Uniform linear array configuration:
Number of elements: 48
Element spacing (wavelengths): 0.25
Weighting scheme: binomial
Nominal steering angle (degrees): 15
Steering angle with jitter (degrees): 16.076
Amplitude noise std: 0.05
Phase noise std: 0.05

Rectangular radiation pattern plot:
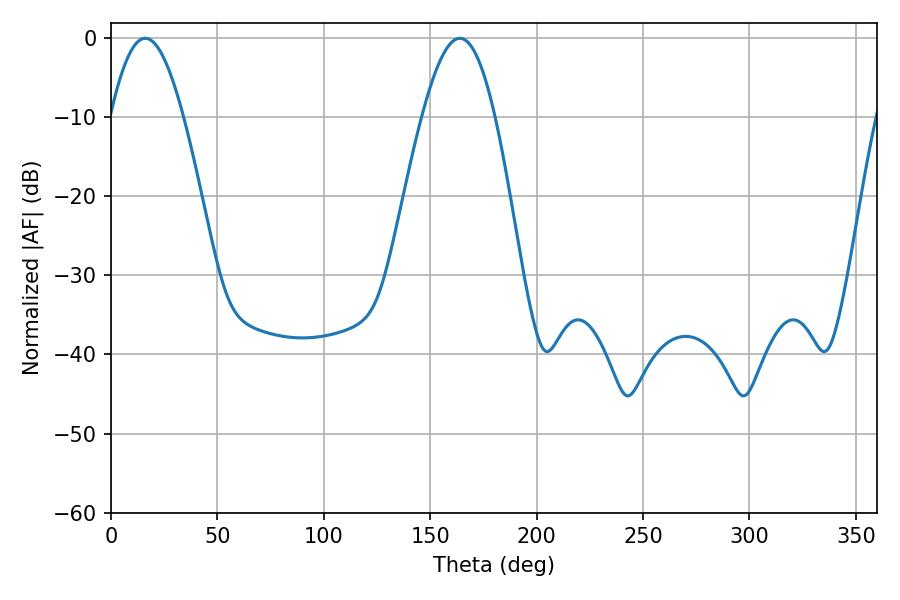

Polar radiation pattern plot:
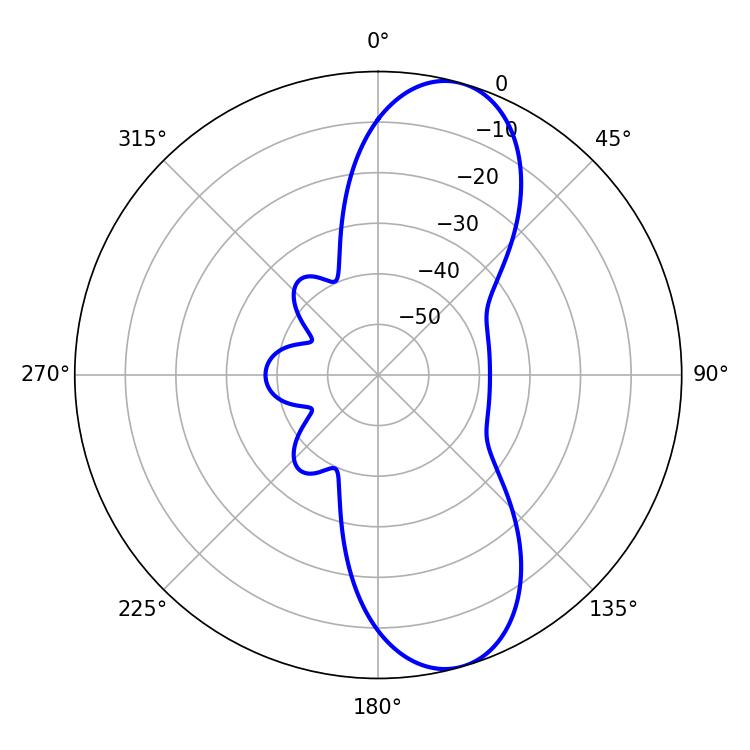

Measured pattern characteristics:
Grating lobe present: FALSE
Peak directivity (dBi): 10.041
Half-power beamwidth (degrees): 18.54
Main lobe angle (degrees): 16.02